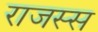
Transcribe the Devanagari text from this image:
राजस्स